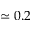
\simeq 0 . 2